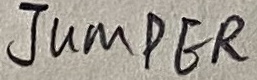
Text: JUMPER